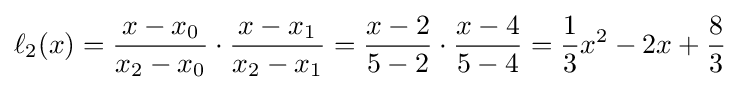
\ell _{2}(x)={\frac {x-x_{0}}{x_{2}-x_{0}}}\cdot {\frac {x-x_{1}}{x_{2}-x_{1}}}={\frac {x-2}{5-2}}\cdot {\frac {x-4}{5-4}}={\frac {1}{3}}x^{2}-2x+{\frac {8}{3}}